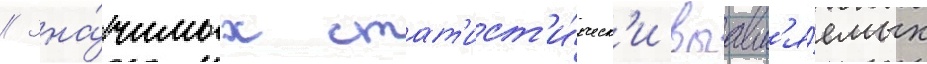
// Зна́чимых стат'ист'и́ческ'и выавл'я́емых